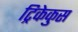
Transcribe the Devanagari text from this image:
ट्रिकेकुस